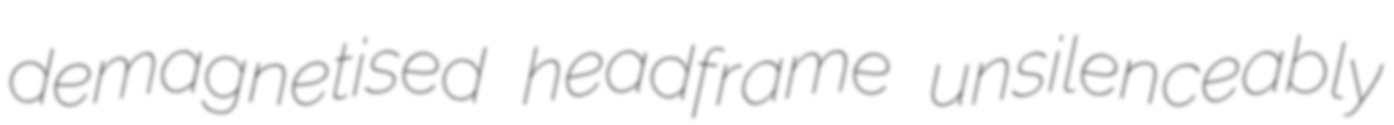
demagnetised headframe unsilenceably